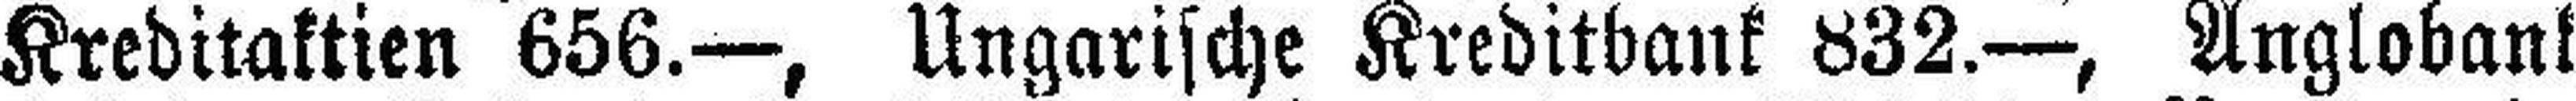
Kreditaktien 656.—, Ungarische Kreditbank 832.—, Anglobank